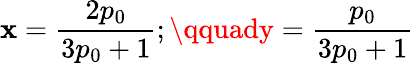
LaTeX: \mathbf{x}=\frac{{2p_{0}}}{{3p_{0}+1}};\qquady=\frac{{p_{0}}}{{3p_{0}+1}}